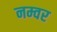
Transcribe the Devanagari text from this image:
नम्वर